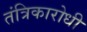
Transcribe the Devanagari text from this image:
तंत्रिकारोधी